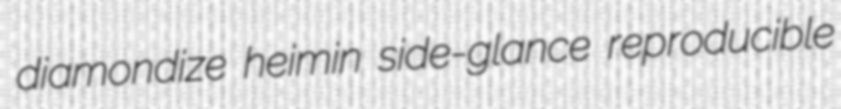
diamondize heimin side-glance reproducible